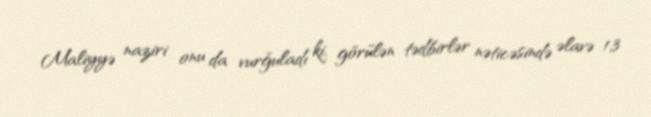
Maliyyə naziri onu da vurğuladı ki, görülən tədbirlər nəticəsində əlavə 1,3